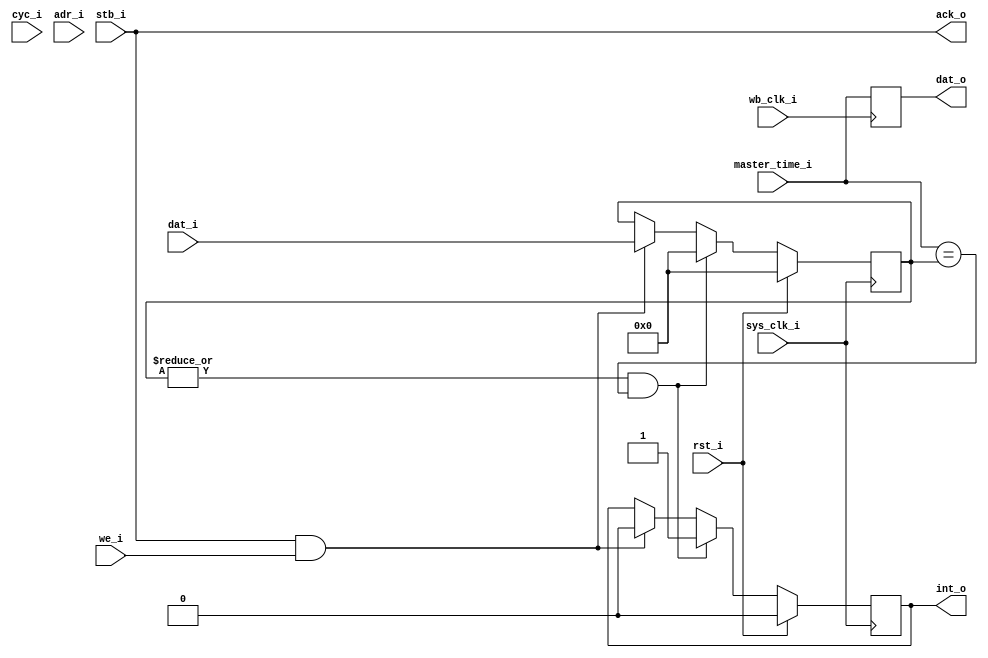
//
// Copyright 2011 Ettus Research LLC
//
// This program is free software: you can redistribute it and/or modify
// it under the terms of the GNU General Public License as published by
// the Free Software Foundation, either version 3 of the License, or
// (at your option) any later version.
//
// This program is distributed in the hope that it will be useful,
// but WITHOUT ANY WARRANTY; without even the implied warranty of
// MERCHANTABILITY or FITNESS FOR A PARTICULAR PURPOSE.  See the
// GNU General Public License for more details.
//
// You should have received a copy of the GNU General Public License
// along with this program.  If not, see <http://www.gnu.org/licenses/>.
//



module timer
  (input wb_clk_i, input rst_i,
   input cyc_i, input stb_i, input [2:0] adr_i,
   input we_i, input [31:0] dat_i, output [31:0] dat_o, output ack_o,
   input sys_clk_i, input [31:0] master_time_i,
   output int_o );

   reg [31:0] time_wb;
   always @(posedge wb_clk_i)
     time_wb <= master_time_i;

   assign     ack_o = stb_i;

   reg [31:0] int_time;
   reg 	      int_reg;
   
   always @(posedge sys_clk_i)
     if(rst_i)
       begin
	  int_time <= 0;
	  int_reg <= 0;
       end
     else if(|int_time && (master_time_i == int_time))
       begin
	  int_time <= 0;
	  int_reg <= 1;
       end
     else if(stb_i & we_i)
       begin
	  int_time <= dat_i;
	  int_reg <= 0;
       end

   assign dat_o = time_wb;
   assign int_o = int_reg;
   
endmodule // timer